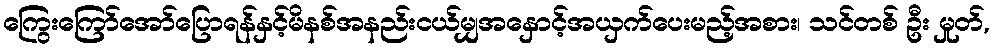
ကြွေးကြော်အော်ပြောရန်နှင့်မိနစ်အနည်းငယ်မျှအနှောင့်အယှက်ပေးမည့်အစား၊ သင်တစ် ဦး မှုတ်,